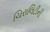
ચિરાલિટીની